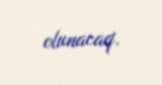
olunacaq.